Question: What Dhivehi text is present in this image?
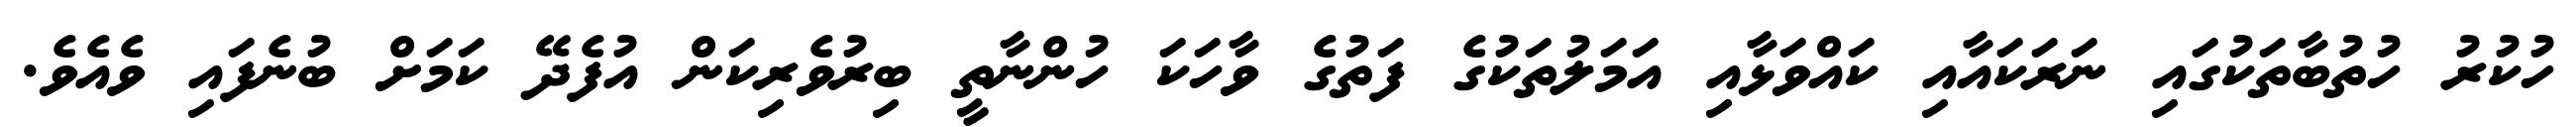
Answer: ހުކުރު ހުތުބާތަކުގައި ނަރަކައާއި ކައްވަޅާއި އަމަލުތަކުގެ ފަތުގެ ވާހަކަ ހުންނާތީ ބިރުވެރިކަން އުފެދޭ ކަމަށް ބުނެފައި ވެއެވެ.